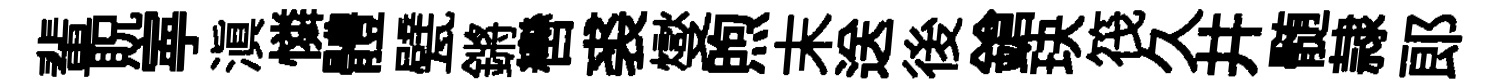
輩貺寕滇憐體甓鏘轡裘燮煦末送後鎗玦筏久井髄隷郎